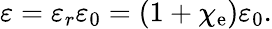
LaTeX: \varepsilon=\varepsilon_{r}\varepsilon_{0}=(1+\chi_{\mathrm{e}})\varepsilon_{0}.